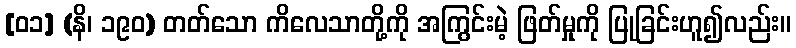
[၀၁] (နိ၊ ၁၉၀) တတ်သော ကိလေသာတို့ကို အကြွင်းမဲ့ ဖြတ်မှုကို ပြုခြင်းဟူ၍လည်း။